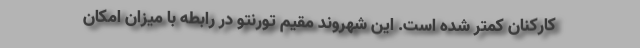
کارکنان کمتر شده است. این شهروند مقیم تورنتو در رابطه با میزان امکان